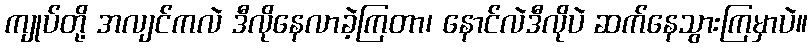
ကျုပ်တို့ အလျင်ကလဲ ဒီလိုနေလာခဲ့ကြတာ၊ နောင်လဲဒီလိုပဲ ဆက်နေသွားကြမှာပဲ။